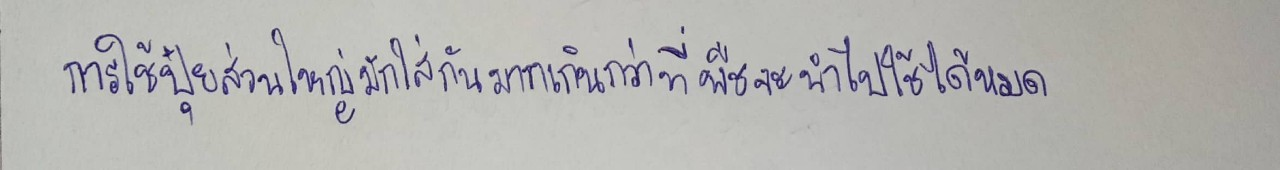
การใช้ปุ๋ยส่วนใหญ่มักใส่กันมากเกินกว่าที่พืชจะนำไปใช้ได้หมด